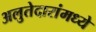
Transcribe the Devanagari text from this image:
अलुतेदारांमध्ये